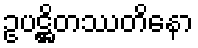
ဥပဋ္ဌိတဿတိနော